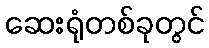
ဆေးရုံတစ်ခုတွင်